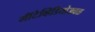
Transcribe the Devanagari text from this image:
मॉँटेव्हिडियोजवळ